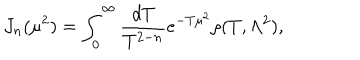
J _ { n } ( \mu ^ { 2 } ) = \int _ { 0 } ^ { \infty } \frac { d T } { T ^ { 2 - n } } e ^ { - T \mu ^ { 2 } } \rho ( T , \Lambda ^ { 2 } ) ,